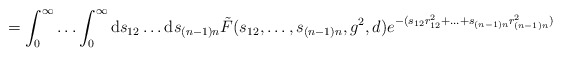
\begin{align*}=\int_0^\infty\ldots\int_0^\infty\mathrm{d}s_{12}\ldots\mathrm{d}s_{(n-1)n}\tilde{F}(s_{12},\ldots,s_{(n-1)n},g^2,d)e^{-(s_{12}r_{12}^2+\ldots+s_{(n-1)n}r_{(n-1)n}^2)}\end{align*}